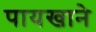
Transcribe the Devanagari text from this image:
पायखाने